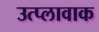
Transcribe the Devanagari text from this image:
उत्प्लावाक